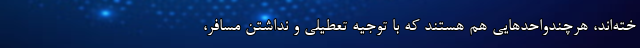
خته‌اند، هرچندواحدهایی هم هستند که با توجیه تعطیلی و نداشتن مسافر،